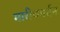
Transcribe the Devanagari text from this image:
मारीचमर्दन